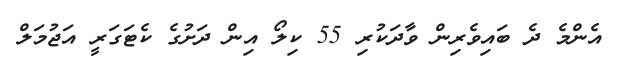
އެންމެ ދެ ބައިވެރިން ވާދަކުރި 55 ކިލޯ އިން ދަށުގެ ކެޓަގަރީ އަޖުމަލް